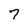
Character: 7